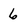
Character: 6